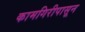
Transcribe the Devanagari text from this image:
कामगिरीपासून